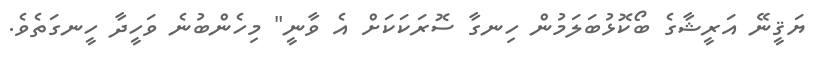
ޔަޤީނޭ އަރީޝާގެ ބޯކޮޅުބަލަމުން ހިނގާ ސޮރަކަކަށް އެ ވާނީ" މިހެންބުނެ ވަހީދާ ހީނގަތެވެ.